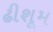
ઢીશૂમ